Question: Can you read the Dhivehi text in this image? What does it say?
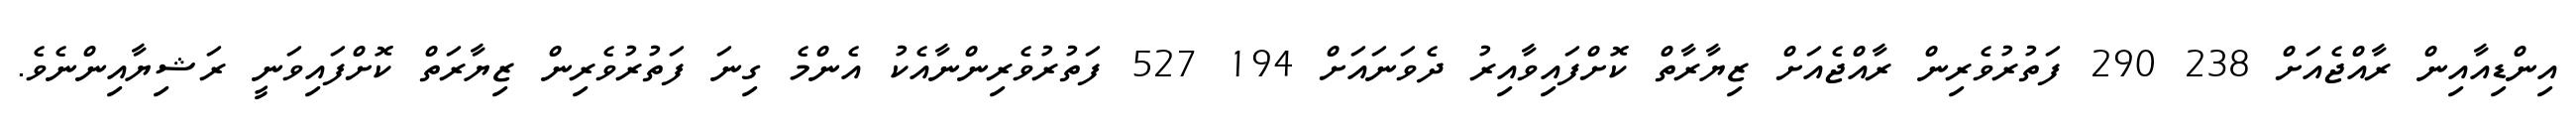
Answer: އިންޑިއާއިން ރާއްޖެއަށް 238 290 ފަތުރުވެރިން ރާއްޖެއަށް ޒިޔާރާތް ކޮށްފައިވާއިރު ދެވަނައަށް 194 527 ފަތުރުވެރިންނާއެކު އެންމެ ގިނަ ފަތުރުވެރިން ޒިޔާރަތް ކޮށްފައިވަނީ ރަޝިޔާއިންނެވެ.